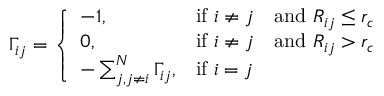
\Gamma _ { i j } = \left\{ { \begin{array} { l l l } { - 1 , } & { { \mathrm { i f ~ } } i \neq j } & { { \mathrm { a n d ~ } } R _ { i j } \leq r _ { c } } \\ { 0 , } & { { \mathrm { i f ~ } } i \neq j } & { { \mathrm { a n d ~ } } R _ { i j } > r _ { c } } \\ { - \sum _ { j , j \neq i } ^ { N } \Gamma _ { i j } , } & { { \mathrm { i f ~ } } i = j } \end{array} } \right.